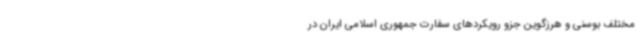
مختلف بوسنی و هرزگوین جزو رویکردهای سفارت جمهوری اسلامی ایران در